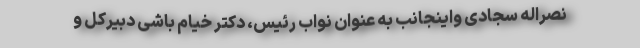
نصراله سجادی واینجانب به عنوان نواب رئیس، دکتر خیام باشی دبیرکل و